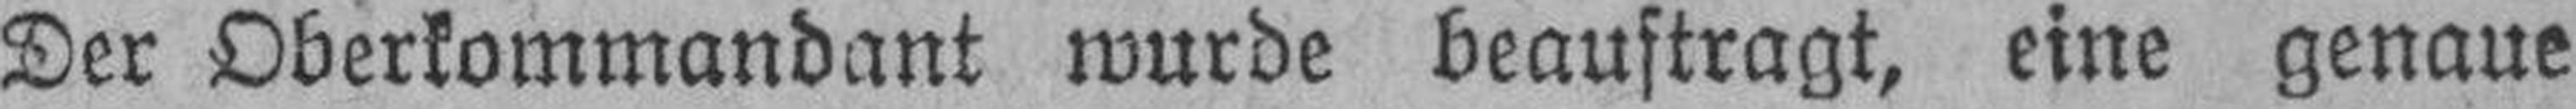
Der Oberkommandant wurde beauftragt, eine genaue